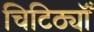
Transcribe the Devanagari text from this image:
चिटिठ्यॉँ